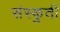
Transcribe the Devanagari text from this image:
संस्कुर्ती